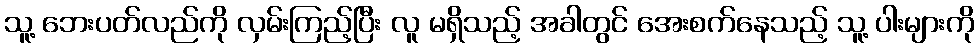
သူ့ ဘေးပတ်လည်ကို လှမ်းကြည့်ပြီး လူ မရှိသည့် အခါတွင် အေးစက်နေသည့် သူ့ ပါးများကို